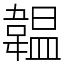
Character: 韞